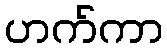
ဟက်ကာ